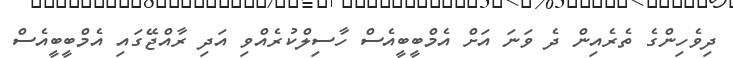
ދިވެހިންގެ ތެރެއިން ދެ ވަނަ އަށް އެމްބީބީއެސް ހާސިލްކުރެއްވި އަދި ރާއްޖޭގައި އެމްބީބީއެސް